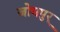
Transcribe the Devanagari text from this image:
जोधपुर्